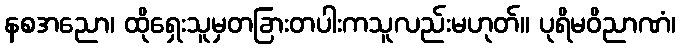
နစအညော၊ ထိုရှေးသူမှတခြားတပါးကသူလည်းမဟုတ်။ ပုရိမဝိညာဏံ၊